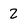
Character: 2